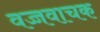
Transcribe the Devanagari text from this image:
वच्चवाचक